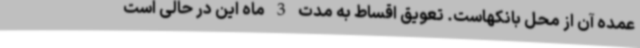
عمده آن از محل بانکهاست. تعویق اقساط به مدت 3 ماه این در حالی است